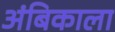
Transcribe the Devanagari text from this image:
अंबिकाला